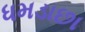
ધમડાછા